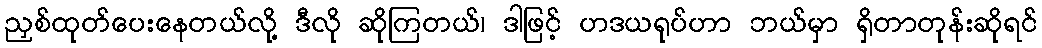
ညှစ်ထုတ်ပေးနေတယ်လို့ ဒီလို ဆိုကြတယ်၊ ဒါဖြင့် ဟဒယရုပ်ဟာ ဘယ်မှာ ရှိတာတုန်းဆိုရင်